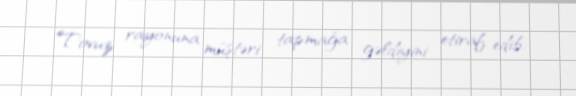
Tovuz rayonuna müştəri tapmağa gəldiyini etiraf edib.